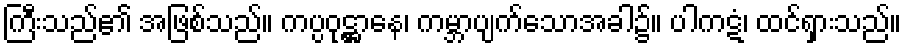
ကြီးသည်၏ အဖြစ်သည်။ ကပ္ပဝုဋ္ဌာနေ၊ ကမ္ဘာပျက်သောအခါ၌။ ပါကဋံ၊ ထင်ရှားသည်။